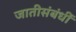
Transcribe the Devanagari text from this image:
जातीसंबंधीं